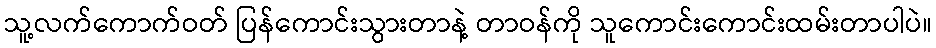
သူ့လက်ကောက်ဝတ် ပြန်ကောင်းသွားတာနဲ့ တာဝန်ကို သူကောင်းကောင်းထမ်းတာပါပဲ။